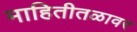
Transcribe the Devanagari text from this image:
माहितीतळावर